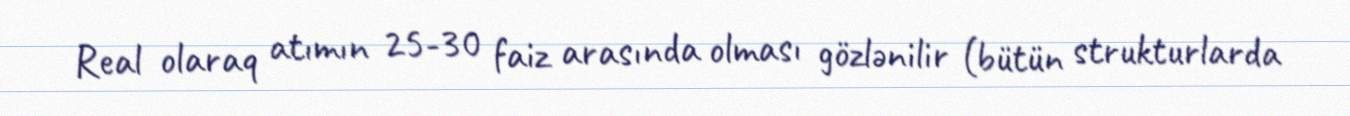
Real olaraq atımın 25-30 faiz arasında olması gözlənilir (bütün strukturlarda